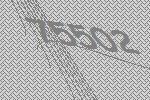
75502